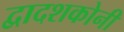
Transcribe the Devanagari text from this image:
द्वादशकोनी